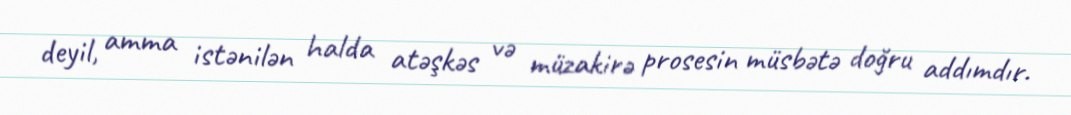
deyil, amma istənilən halda atəşkəs və müzakirə prosesin müsbətə doğru addımdır.